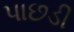
પાછડી